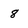
Character: 8